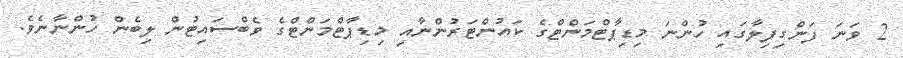
2 ވަނަ ފަންގިފިލާގައި ހުންނަ މިޑިޕާޓްމަންޓްގެ ކައުންޓަރުންނާއި މިޑިޕާޓްމަންޓްގެ ވެބްސައިޓުން ލިބެން ހުންނާނެވެ.